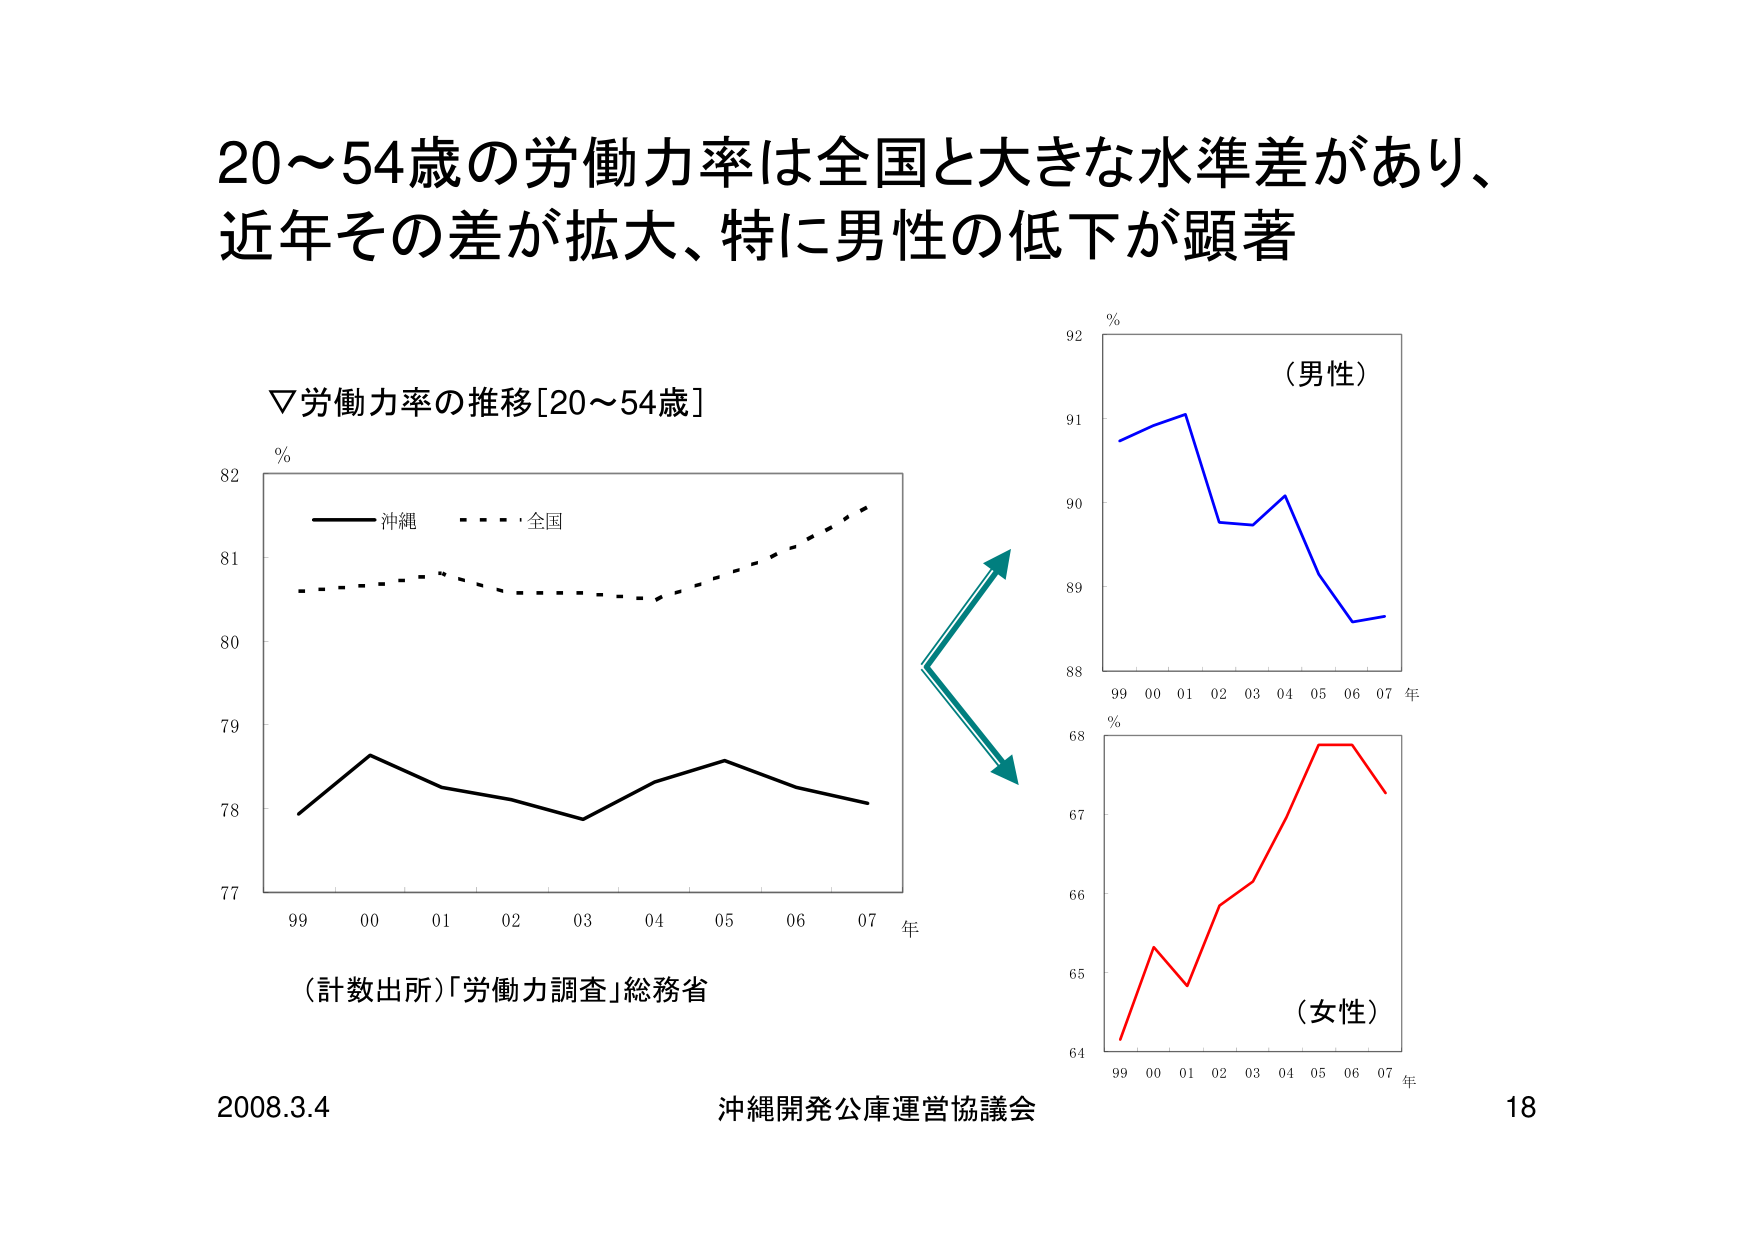
20～54歳の労働力率は全国と大きな水準差があり、
近年その差が拡大、特に男性の低下が顕著

▽労働力率の推移[20～54歳]
%
沖縄
全国
77
78
79
80
81
82
99 00 01 02 03 04 05 06 07 年
（計数出所）「労働力調査」総務省

%
（男性）
92
91
90
89
88
99 00 01 02 03 04 05 06 07 年

%
（女性）
68
67
66
65
64
99 00 01 02 03 04 05 06 07 年

2008.3.4 沖縄開発公庫運営協議会 18